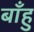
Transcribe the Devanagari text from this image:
बाँहु